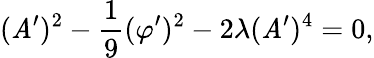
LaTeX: (\mathit{A}^{\prime})^{2}-\frac{{1}}{{9}}(\varphi^{\prime})^{2}-2\lambda(\mathit{A}^{\prime})^{4}=0,